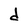
Character: d